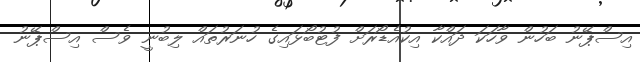
އިސްޕޭނު ބަހުން ވާހަކަ ދައްކާ އިކުއެޑޯރަށް ފުޓުބޯޅައިގެ ހުނަރުތައް ލިބުނީ ވެސް އިސްޕޭނު